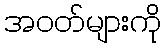
အဝတ်များကို